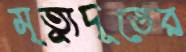
মৃত্যুদূতের